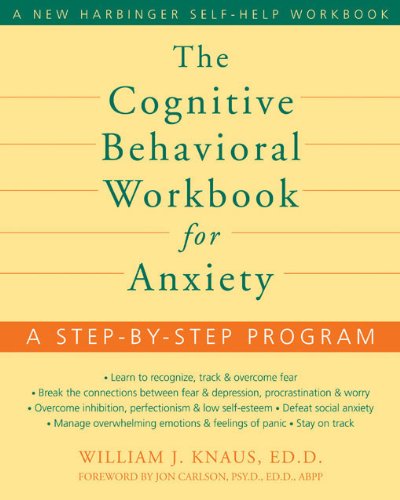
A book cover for The Cognitive Behavioral Workbook for Anxiety: A Step-by-Step Program; William J. Knaus; Self-Help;